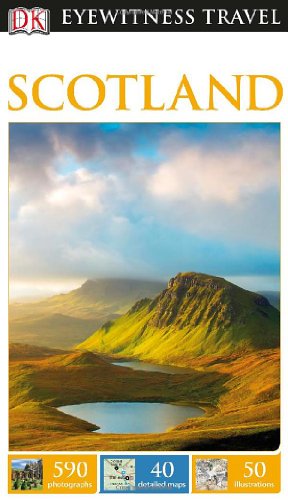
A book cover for DK Eyewitness Travel Guide: Scotland; DK Publishing; History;